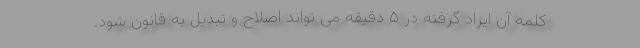
کلمه آن ایراد گرفته در ۵ دقیقه می تواند اصلاح و تبدیل به قانون شود.